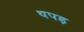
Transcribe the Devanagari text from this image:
थपड़